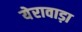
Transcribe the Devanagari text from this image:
येरावाड़ा